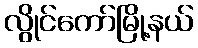
လွိုင်ကော်မြို့နယ်